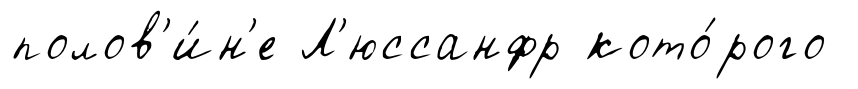
полов'и́н'е Л'юссанфр кото́рого